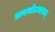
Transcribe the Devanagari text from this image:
प्रत्ययोऽव्ययम्